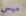
ميس